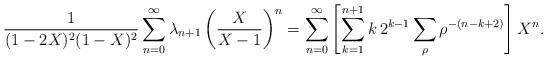
LaTeX: \begin{align*} \frac{1}{(1-2X)^2(1-X)^2}\sum_{n=0}^{\infty} \lambda_{n+1} \left( \frac{X}{X-1}\right)^n= \sum_{n=0}^{\infty} \left[ \sum_{k=1}^{n+1} k\, 2^{k-1} \sum_\rho \rho^{-(n-k+2)}\right] X^n. \end{align*}